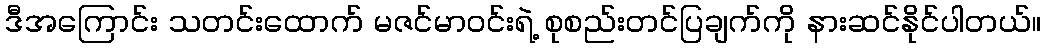
ဒီအကြောင်း သတင်းထောက် မဇင်မာဝင်းရဲ့ စုစည်းတင်ပြချက်ကို နားဆင်နိုင်ပါတယ်။